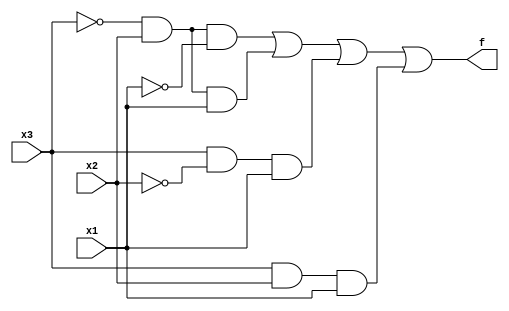
module top_module (
    input wire x3,
    input wire x2,
    input wire x1,
    output wire f
);
    // Intermediate signals representing each row condition
    wire row_2_condition, row_3_condition, row_5_condition, row_7_condition;
    
    // Conditions for each specified row in the truth table
    assign row_2_condition = ~x3 & x2 & ~x1; // row 2: x3=0, x2=1, x1=0
    assign row_3_condition = ~x3 & x2 & x1;  // row 3: x3=0, x2=1, x1=1
    assign row_5_condition = x3 & ~x2 & x1;  // row 5: x3=1, x2=0, x1=1
    assign row_7_condition = x3 & x2 & x1;   // row 7: x3=1, x2=1, x1=1

    // Output f is true if any of the row conditions are true
    assign f = row_2_condition | row_3_condition | row_5_condition | row_7_condition;
    
endmodule